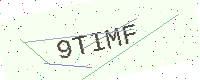
Text: 9TIMF